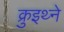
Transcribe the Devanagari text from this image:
क्रुइथ्ने